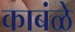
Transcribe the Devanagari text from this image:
काबंळे